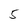
Character: 5